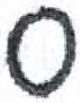
אות: ס